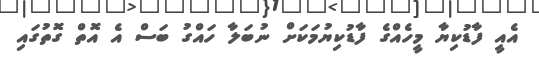
އެއީ ފާޑުކިޔާ މީހެއްގެ ފާޑުކިޔުމަކަށް ނުބަލާ ހައްގު ބަސް އެ އޮތް ގޮތުގައި